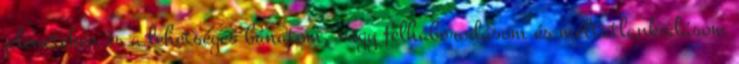
jeleneteken és a lehetséges bánatom, vagy felháborodásom és méltatlankodásom